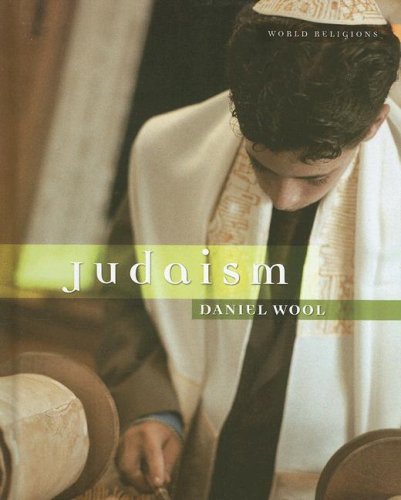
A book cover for Judaism (World Religions); Danny Wool; Teen & Young Adult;